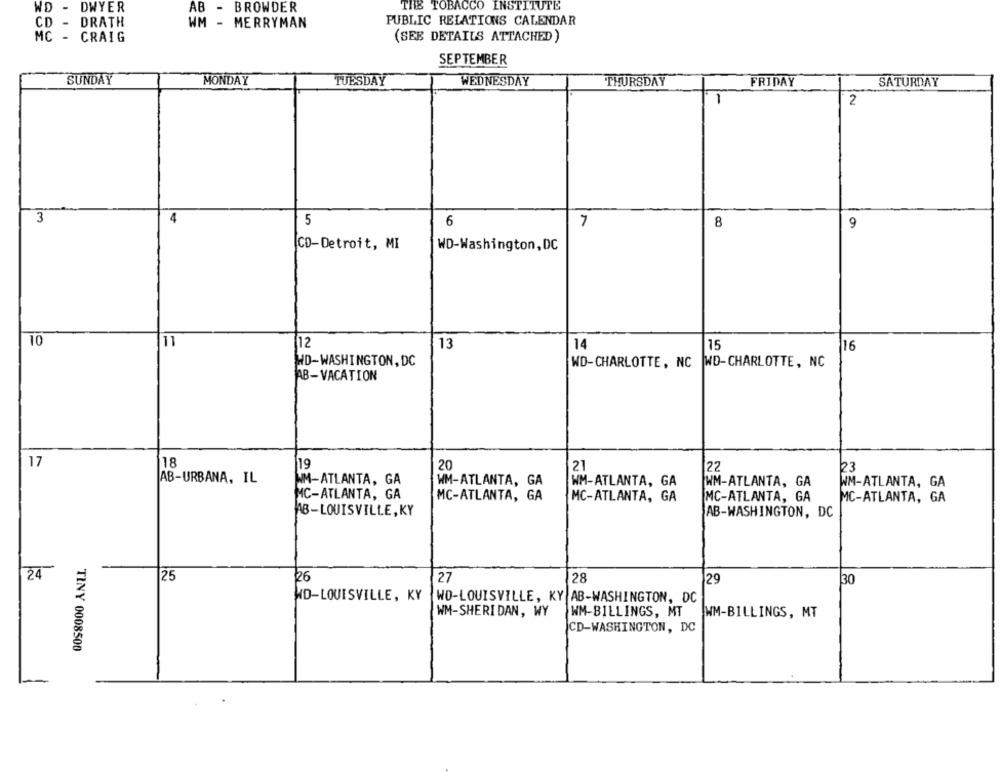
WD - DWYER
AB - BROWDER
THE TOBACCO INSTITUTE
CD - DRATH
PUBLIC RELATIONS CALENDAR
WM - MERRYMAN
MC - CRAIG
(SEE DETAILS ATTACHED)
SEPTEMBER
SUNDAY
MONDAY
TUESDAY
WEDNESDAY
THURSDAY
FRIDAY
SATURDAY
1
2
3
5
6
7
8
9
[CD-Detroit, MI
WD-Washington, DC
10
11
12
13
14
15
16
WD-WASHINGTON, DC
WD-CHARLOTTE, NC
WD-CHARLOTTE, NC
AB-VACATION
17
18
19
20
21
22
23
AB-URBANA, IL
NM-ATLANTA, GA
WM-ATLANTA, GA
WM-ATLANTA, GA
WM-ATLANTA, GA
WM-ATLANTA, GA
MC-ATLANTA, GA
MC-ATLANTA, GA
MC-ATLANTA, GA
MC-ATLANTA, GA
MC-ATLANTA, GA
AB-LOUISVILLE, KY
AB-WASHINGTON, DC
24
25
26
27
28
29
30
HD-LOUISVILLE, KY
WO-LOUISVILLE, KY AB-WASHINGTON, DC
WM-SHERIDAN, WY
WM-BILLINGS, MT WM-BILLINGS, MT
CD-WASHINGTON, DC
TINY 0008500